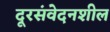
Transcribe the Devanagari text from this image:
दूरसंवेदनशील